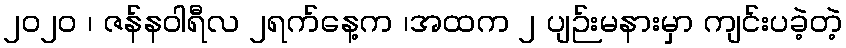
၂၀၂၀ ၊ ဇန်နဝါရီလ ၂ရက်နေ့က ၊အထက ၂ ပျဉ်းမနားမှာ ကျင်းပခဲ့တဲ့